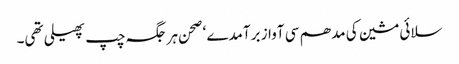
سلائی مشین کی مدھم سی آواز برآمدے ‘ صحن ہر جگہ چپ پھیلی تھی۔